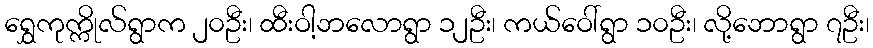
ရွှေကုက္ကိုလ်ရွာက ၂၀ဦး၊ ထီးဝါ့ဘလောရွာ ၁၂ဦး၊ ကယ်ဝေါ်ရွာ ၁၀ဦး၊ လို့ဘောရွာ ၇ဦး၊